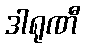
ဒါရုဏီ